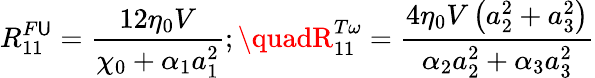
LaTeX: R_{11}^{F\mathsf{U}}=\frac{{12\eta_{0}V}}{{\chi_{0}+\alpha_{1}a_{1}^{2}}};\quadR_{11}^{T\omega}=\frac{{4\eta_{0}V\left(a_{2}^{2}+a_{3}^{2}\right)}}{{\alpha_{2}a_{2}^{2}+\alpha_{3}a_{3}^{2}}}